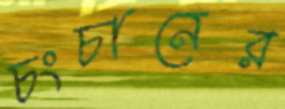
চংচানের